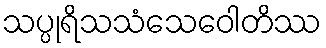
သပ္ပုရိသသံသေဝေါတိဿ